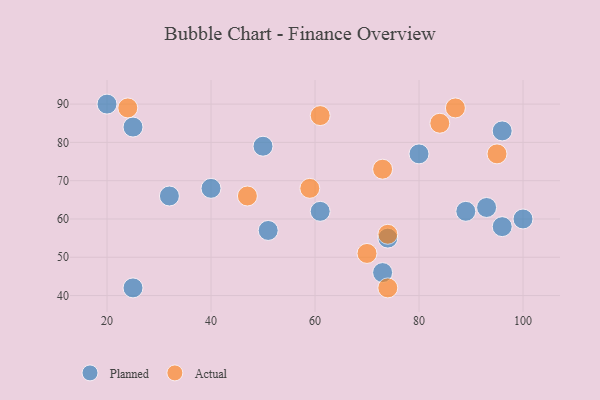
{"axis": {"x": "GDP", "y": "Life Expectancy"}, "legend": ["Actual", "Planned"], "data": [{"x": "100", "y": 60, "type": "Planned"}, {"x": "96", "y": 58, "type": "Planned"}, {"x": "93", "y": 63, "type": "Planned"}, {"x": "73", "y": 46, "type": "Planned"}, {"x": "40", "y": 68, "type": "Planned"}, {"x": "51", "y": 57, "type": "Planned"}, {"x": "89", "y": 62, "type": "Planned"}, {"x": "25", "y": 84, "type": "Planned"}, {"x": "50", "y": 79, "type": "Planned"}, {"x": "80", "y": 77, "type": "Planned"}, {"x": "74", "y": 55, "type": "Planned"}, {"x": "32", "y": 66, "type": "Planned"}, {"x": "20", "y": 90, "type": "Planned"}, {"x": "25", "y": 42, "type": "Planned"}, {"x": "61", "y": 62, "type": "Planned"}, {"x": "96", "y": 83, "type": "Planned"}, {"x": "74", "y": 42, "type": "Actual"}, {"x": "47", "y": 66, "type": "Actual"}, {"x": "59", "y": 68, "type": "Actual"}, {"x": "74", "y": 56, "type": "Actual"}, {"x": "87", "y": 89, "type": "Actual"}, {"x": "73", "y": 73, "type": "Actual"}, {"x": "61", "y": 87, "type": "Actual"}, {"x": "24", "y": 89, "type": "Actual"}, {"x": "95", "y": 77, "type": "Actual"}, {"x": "70", "y": 51, "type": "Actual"}, {"x": "84", "y": 85, "type": "Actual"}]}